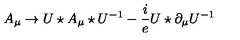
A _ { \mu } \rightarrow U \star A _ { \mu } \star U ^ { - 1 } - \frac { i } { e } U \star \partial _ { \mu } U ^ { - 1 }